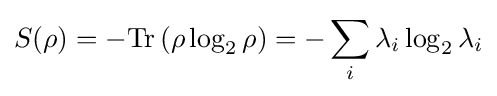
S(\rho )=-{\hbox{Tr}}\left(\rho \log _{2}{\rho }\right)=-\sum _{i}\lambda _{i}\log _{2}\lambda _{i}